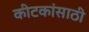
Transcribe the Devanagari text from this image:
कीटकांसाठी